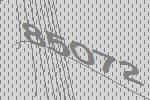
85072